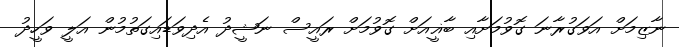
ނާޒިމަށް އަވަގުރާނަ ގޮވުމަށާއި ބާޣީއަށް ގޮވުމަށް ރައީސް ނަޝީދު އެދިވަޑައިގަތުމުން އަލީ ވަހީދު